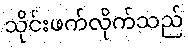
သိုင်းဖက်လိုက်သည်